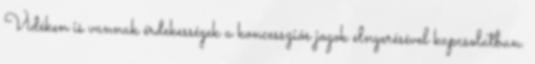
Vidéken is vannak érdekességek a koncessziós jogok elnyerésével kapcsolatban.